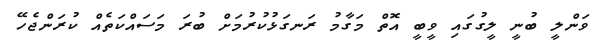
ވަންލީ ބުނީ ލީގުގައި ވީބީ އޮތް މަގާމު ރަނގަޅުކުރުމަށް ބުރަ މަސައްކަތެއް ކުރަންޖެހޭ